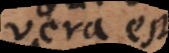
vera est